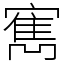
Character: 寯